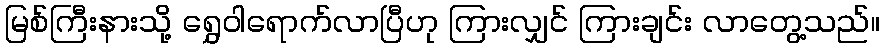
မြစ်ကြီးနားသို့ ရွှေဝါရောက်လာပြီဟု ကြားလျှင် ကြားချင်း လာတွေ့သည်။